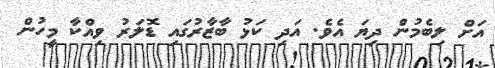
އަށް ލިބެމުން ދިޔަ އެވެ. އަދި ކަޅު ބާޒާރުގައި ޑޮލަރު ވިއްކާ މީހުން